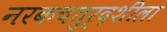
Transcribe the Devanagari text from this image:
नरकचतुर्दशीला